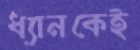
ধ্যানকেই